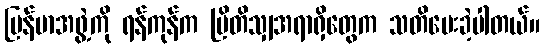
မြန်မာအဖွဲ့ကို ရန်ကုန်က ဗြိတိသျှအရာရှိတွေက သတိပေးခဲ့ပါတယ်။